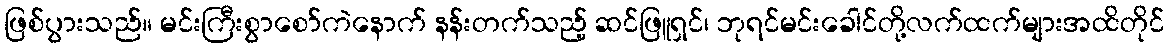
ဖြစ်ပွားသည်။ မင်းကြီးစွာစော်ကဲနောက် နန်းတက်သည့် ဆင်ဖြူရှင်၊ ဘုရင်မင်းခေါင်တို့လက်ထက်များအထိတိုင်